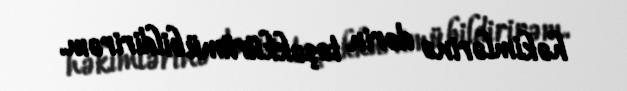
həkimlərinə dərin təşəkkürümü bildirirəm.